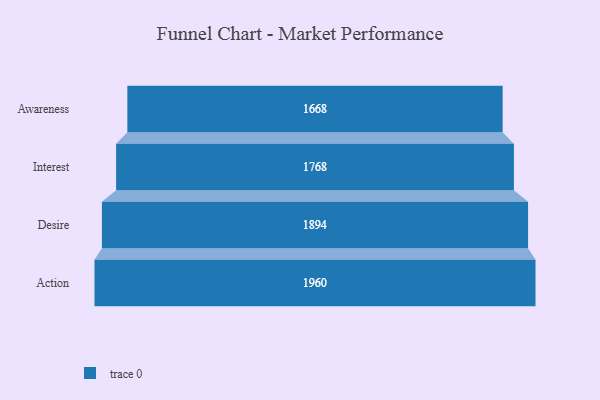
{"axis": {"x": "Stage", "y": "Value"}, "legend": [""], "data": [{"x": "Awareness", "y": 1668.0, "type": ""}, {"x": "Interest", "y": 1768.0, "type": ""}, {"x": "Desire", "y": 1894.0, "type": ""}, {"x": "Action", "y": 1960.0, "type": ""}]}